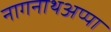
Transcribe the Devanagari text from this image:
नागनाथअप्पा